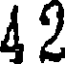
4 2